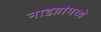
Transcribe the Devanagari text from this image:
नाडय़ांमध्ये